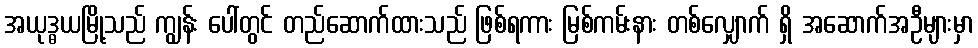
အယုဒ္ဓယမြို့သည် ကျွန်း ပေါ်တွင် တည်ဆောက်ထားသည် ဖြစ်ရကား မြစ်ကမ်းနား တစ်လျှောက် ရှိ အဆောက်အဦများမှာ